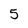
Character: 5